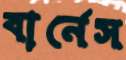
বার্নেস